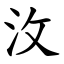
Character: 㳊